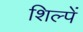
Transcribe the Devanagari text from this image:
शिल्पें